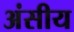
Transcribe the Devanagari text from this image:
अंसीय